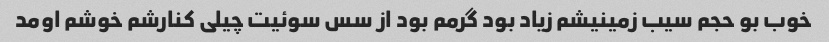
خوب بو حجم سیب زمینیشم زیاد بود گرمم بود از سس سوئیت چیلی کنارشم خوشم اومد